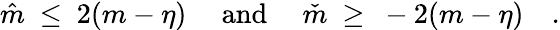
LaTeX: \hat{m}\ \leq\ 2(m-\eta)\quad\mathrm{~and~}\quad\check{m}\ \geq\ -2(m-\eta)\quad.